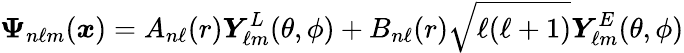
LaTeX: \boldsymbol{\Psi}_{n\ell m}(\boldsymbol{x})=A_{n\ell}(r)\boldsymbol{Y}_{\ell m}^{L}(\theta,\phi)+B_{n\ell}(r)\sqrt{\ell(\ell+1)}\boldsymbol{Y}_{\ell m}^{E}(\theta,\phi)